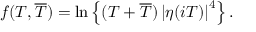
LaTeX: f ( T , \overline { { { T } } } ) = \ln \left\{ ( T + \overline { { { T } } } ) \left| \eta ( i T ) \right| ^ { 4 } \right\} .